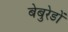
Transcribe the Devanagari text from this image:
बेबुरेडों